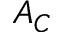
A _ { C }